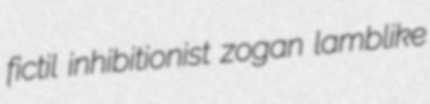
fictil inhibitionist zogan lamblike